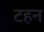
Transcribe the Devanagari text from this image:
टहन